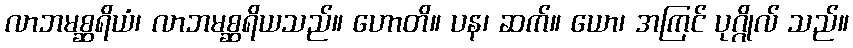
လာဘမစ္ဆရိယံ၊ လာဘမစ္ဆရိယသည်။ ဟောတိ။ ပန၊ ဆက်။ ယော၊ အကြင် ပုဂ္ဂိုလ် သည်။